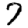
Digit: 7